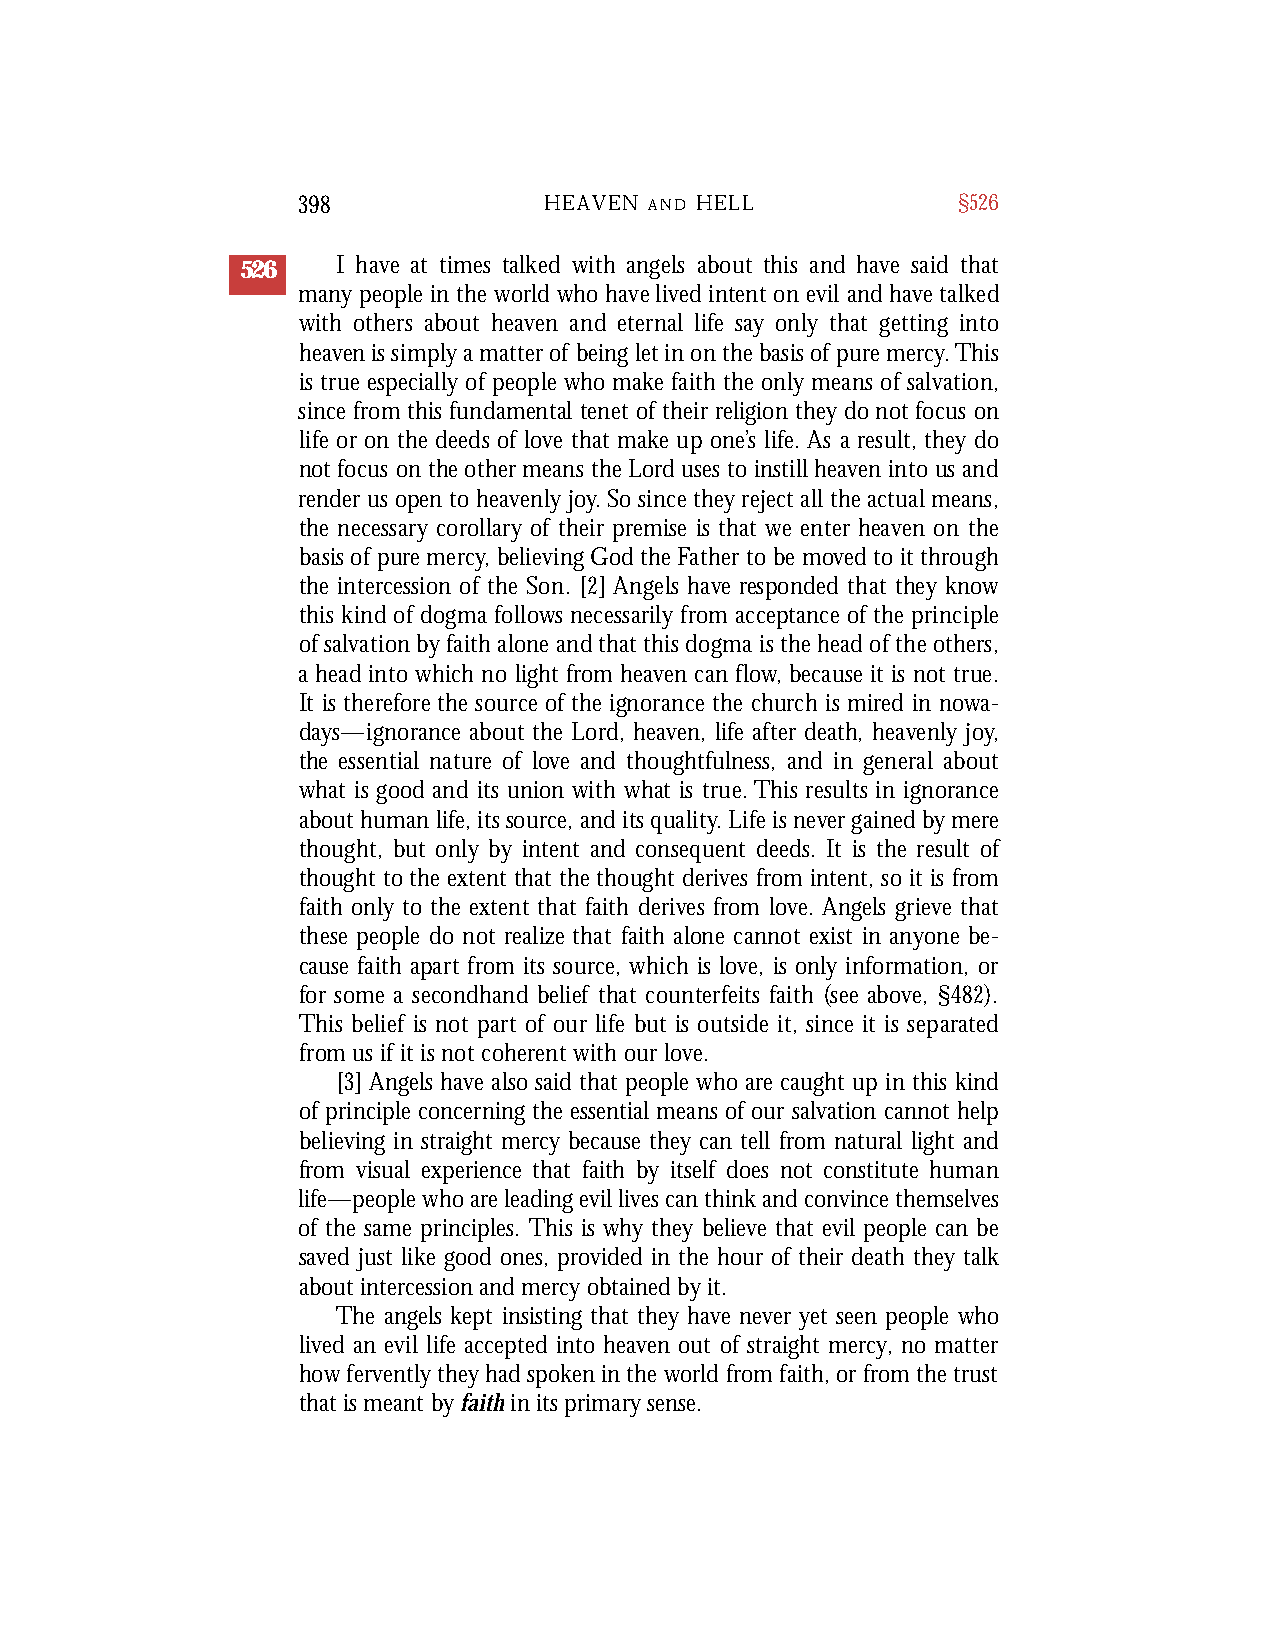
398             HEAVEN A N D H E L L       §526
 526   I have at times talked with angels about this and have said that
 many people in the world who have lived intent on evil and have talked
 with others about heaven and eternal life say only that getting into
 h e a ven is simply a matter of being let in on the basis of pure merc y. T h i s
 is true especially of people who make faith the only means of salva t i o n ,
 since from this fundamental tenet of their religion they do not focus on
 life or on the deeds of love that make up one’s life. As a result, they do
 not focus on the other means the Lord uses to instill heaven into us and
 render us open to heavenly joy. So since they reject all the actual means,
 the necessary coro l l a ry of their premise is that we enter heaven on the
 basis of pure merc y, believing God the Father to be moved to it thro u g h
 the intercession of the Son. [2] Angels have responded that they know
 this kind of dogma follows necessarily from acceptance of the principle
 of salvation by faith alone and that this dogma is the head of the others,
 a head into which no light from heaven can flow, because it is not tru e .
 It is there f o re the source of the ignorance the church is mired in now a-
 days—ignorance about the Lord, heaven, life after death, heavenly joy,
 the essential nature of love and thoughtfulness, and in general about
 what is good and its union with what is true. This results in ignorance
 about human life, its source, and its quality. Life is never gained by mere
 thought, but only by intent and consequent deeds. It is the result of
 thought to the extent that the thought derives from intent, so it is fro m
 faith only to the extent that faith derives from love. Angels grieve that
 these people do not re a l i ze that faith alone cannot exist in anyone be-
 cause faith apart from its source, which is love, is only information, or
 for some a secondhand belief that counterfeits faith (see above, §4 8 2) .
 This belief is not part of our life but is outside it, since it is separated
 f rom us if it is not coherent with our love .
 [3] Angels have also said that people who are caught up in this kind
 of principle concerning the essential means of our salvation cannot help
 believing in straight mercy because they can tell from natural light and
 from visual experience that faith by itself does not constitute human
 life—people who are leading evil lives can think and convince themselves
 of the same principles. This is why they believe that evil people can be
 saved just like good ones, provided in the hour of their death they talk
 about intercession and mercy obtained by it.
 The angels kept insisting that they have never yet seen people who
 lived an evil life accepted into heaven out of straight mercy, no matter
 how fervently they had spoken in the world from faith, or from the trust
 that is meant by faithin its primary sense.